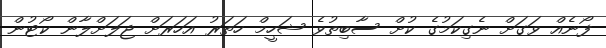
ފޯނެއް ވަގަށް ނެގިކަމުގެ ކުށް ސާބިތުވެ ޝަހީމް ހަތަރު އަހަރަށް ޖަލަށްލާން ކޯޓުން